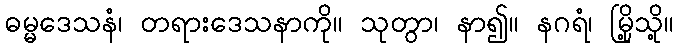
ဓမ္မဒေသနံ၊ တရားဒေသနာကို။ သုတွာ၊ နာ၍။ နဂရံ၊ မြို့သို့။